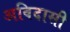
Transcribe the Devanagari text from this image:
अविदासी